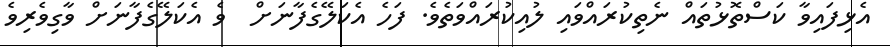
އެޅިފައިވާ ކަސްތޮޅުތައް ނެތިކުރައްވައި ލުއިކުރައްވަތެވެ. ފަހެ އެކަލޭގެފާނަށް  ވެ އެކަލޭގެފާނަށް ވާގިވެރިވެ